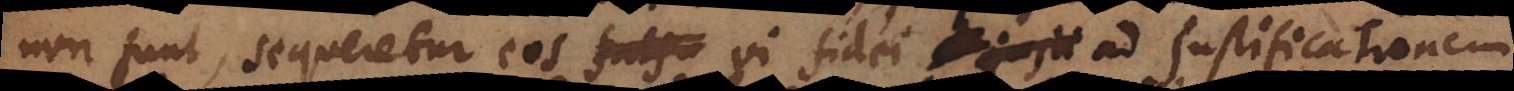
non sunt, sequeretur eos falsu vi fidei ad justificationem